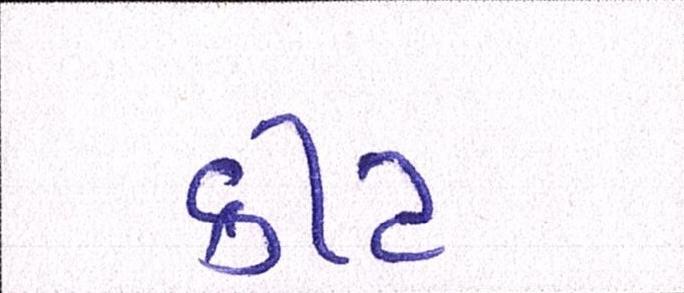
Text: કીટ